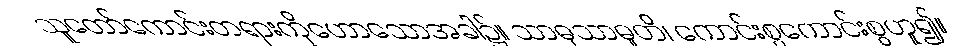
သူတော်ကောင်းတရားကိုဟောသောအခါ၌။ သာဓုသာဓူတိ၊ ကောင်းစွကောင်းစွဟူ၍။